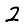
Digit: 2